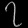
Digit: ၇